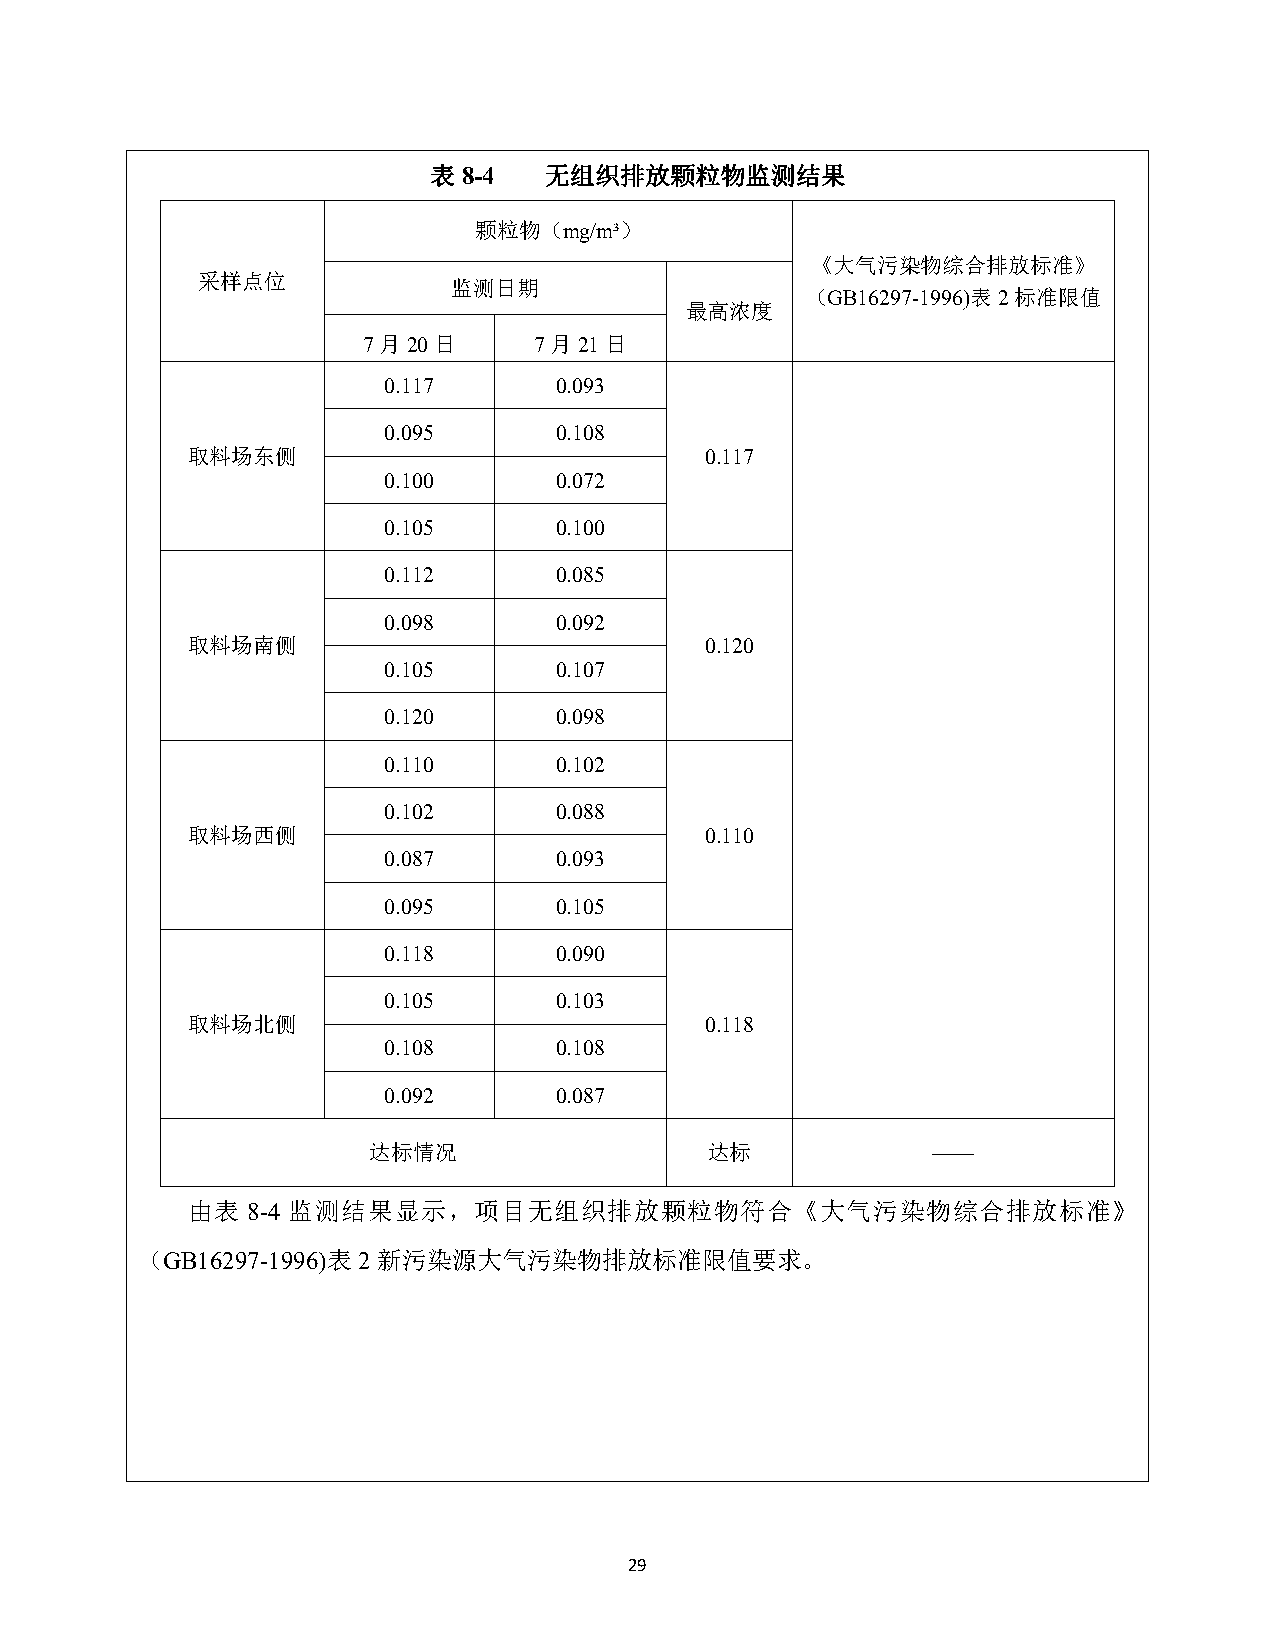
表8-4    无组织排放颗粒物监测结果
 颗粒物（mg/m³）
 《大气污染物综合排放标准》
 采样点位
 监测日期
 （GB16297-1996)表2标准限值
 最高浓度
 7月20日      7月21日
 0.117       0.093
 0.095       0.108
 取料场东侧                              0.117
 0.100       0.072
 0.105       0.100
 0.112       0.085
 0.098       0.092
 取料场南侧                              0.120
 0.105       0.107
 0.120       0.098
 0.110       0.102
 0.102       0.088
 取料场西侧                              0.110
 0.087       0.093
 0.095       0.105
 0.118       0.090
 0.105       0.103
 取料场北侧                              0.118
 0.108       0.108
 0.092       0.087
 达标情况                   达标             ——
 由表  8-4 监测结果显示，项目无组织排放颗粒物符合《大气污染物综合排放标准》
 （GB16297-1996)表2新污染源大气污染物排放标准限值要求。
 29